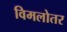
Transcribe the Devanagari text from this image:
विमलोतर